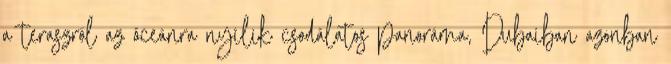
a teraszról az óceánra nyílik csodálatos panoráma, Dubaiban azonban